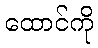
ထောင်ကို